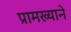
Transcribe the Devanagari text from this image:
प्रामख्याने